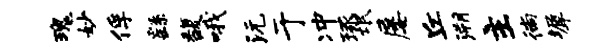
瑰妙俘繇馥哦沅于冲琢氓屡丘溯主徜墀